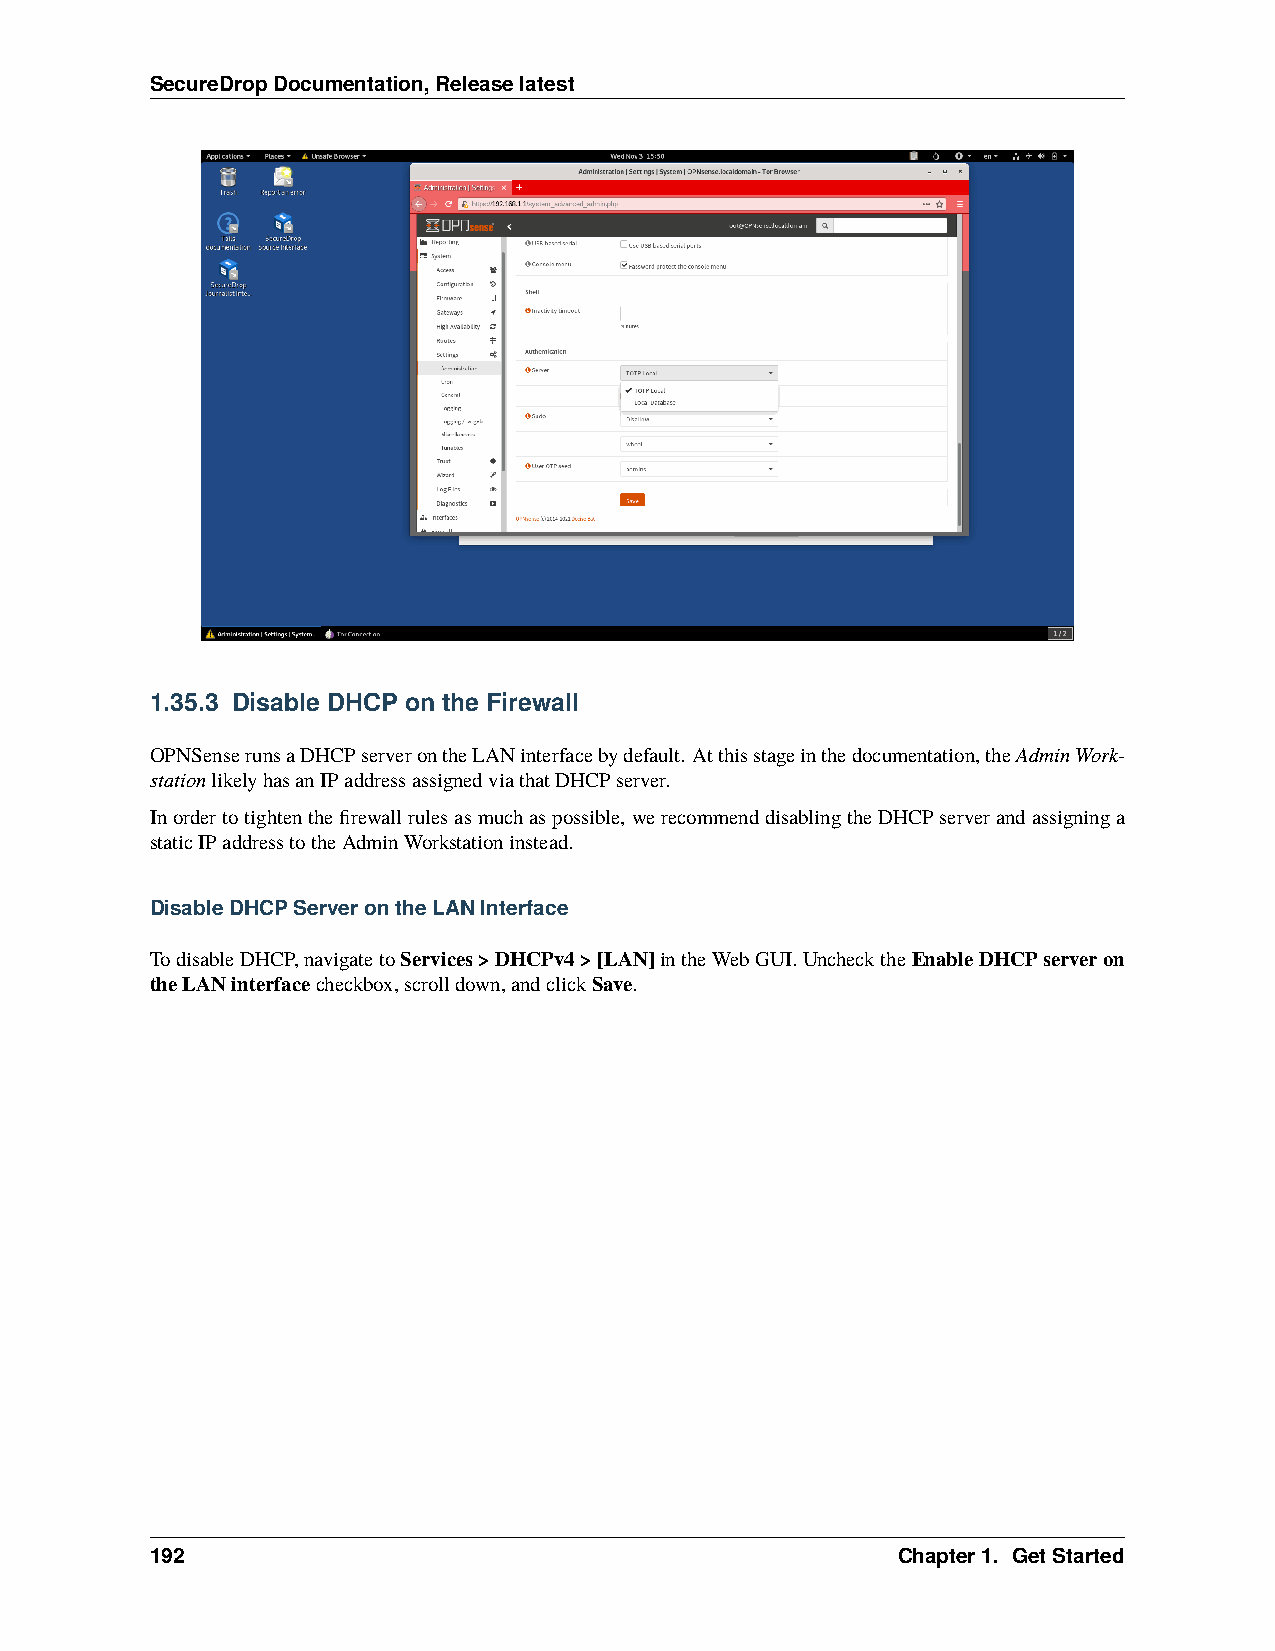
SecureDropDocumentation,Releaselatest
 1.35.3 Disable DHCP on the Firewall
 OPNSenserunsaDHCPserverontheLANinterfacebydefault. Atthisstageinthedocumentation,theAdminWork-
 stationlikelyhasanIPaddressassignedviathatDHCPserver.
 Inordertotightenthefirewallrulesasmuchaspossible,werecommenddisablingtheDHCPserverandassigninga
 staticIPaddresstotheAdminWorkstationinstead.
 DisableDHCPServerontheLANInterface
 TodisableDHCP,navigatetoServices>DHCPv4>[LAN]intheWebGUI.UnchecktheEnableDHCPserveron
 theLANinterfacecheckbox,scrolldown,andclickSave.
 192                                              Chapter1. GetStarted